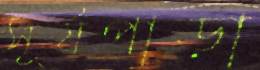
সূর্যপাড়া